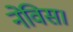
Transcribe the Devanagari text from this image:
नेविस।